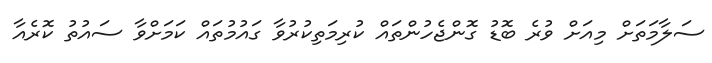
ސަލާމަތަށް މިއަށް ވުރެ ބޮޑު ގޮންޖެހުންތައް ކުރިމަތިކުރުވާ ގައުމުތައް ކަމަށްވާ ސައުތު ކޮރެއާ